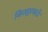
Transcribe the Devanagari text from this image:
जिल्ह्यासठी